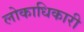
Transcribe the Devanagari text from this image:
लोकाधिकारी